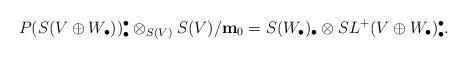
LaTeX: \begin{align*}P(S(V \oplus W_{\bullet}))^{\bullet}_{\bullet}\otimes_{S(V)} S(V)/{\bf m}_0=S(W_{\bullet})_{\bullet} \otimes S L^{+}(V \oplus W_{\bullet})_{\bullet}^{\bullet}.\end{align*}